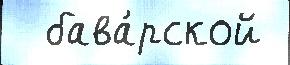
  бава́рской